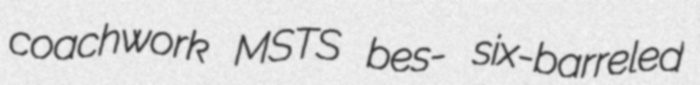
coachwork MSTS bes- six-barreled